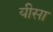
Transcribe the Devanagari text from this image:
यीसा